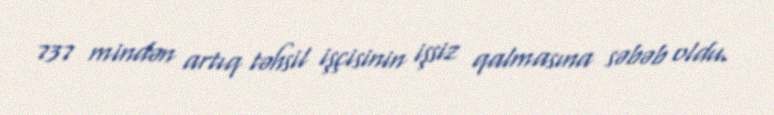
737 mindən artıq təhsil işçisinin işsiz qalmasına səbəb oldu.